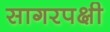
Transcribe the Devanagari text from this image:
सागरपक्षी